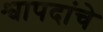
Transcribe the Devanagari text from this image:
श्वापदांचे